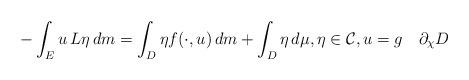
LaTeX: \begin{align*}-\int_E u\,L\eta\,dm =\int_D\eta f(\cdot,u)\,dm+\int_D\eta\,d\mu, \eta\in \mathcal C,u=g\quad\partial_{\chi}D\end{align*}